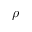
\rho